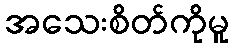
အသေးစိတ်ကိုမူ